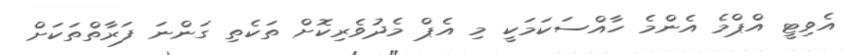
އެވިޓީ އްޕްމެ އެންމެ ހާއްސަކަމަކީ މި އެޕް މެދުވެރިކޮށް ތަކެތި ގަންނަ ފަރާތްތަކަށް